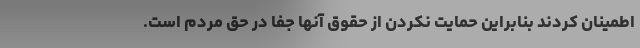
اطمینان کردند بنابراین حمایت نکردن از حقوق آنها جفا در حق مردم است.